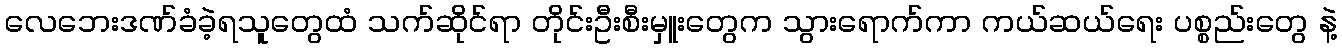
လေဘေးဒဏ်ခံခဲ့ရသူတွေထံ သက်ဆိုင်ရာ တိုင်းဦးစီးမှူးတွေက သွားရောက်ကာ ကယ်ဆယ်ရေး ပစ္စည်းတွေ နဲ့